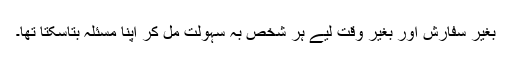
بغیر سفارش اور بغیر وقت لیے ہر شخص بہ سہولت مل کر اپنا مسئلہ بتاسکتا تھا۔